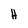
Character: H